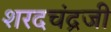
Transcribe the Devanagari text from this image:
शरदचंद्रजी